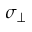
\sigma _ { \bot }